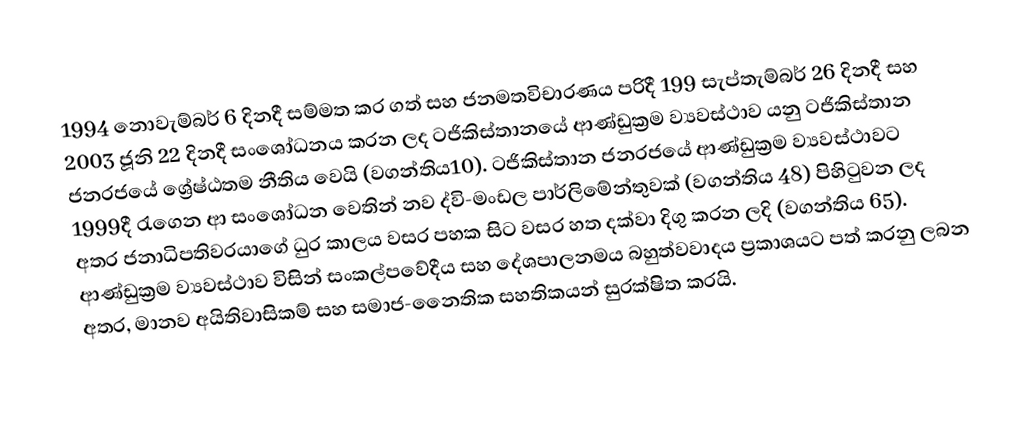
1994 නොවැම්බර් 6 දිනදී සම්මත කර ගත් සහ ජනමතවිචාරණය පරිදී 199 සැප්තැම්බර් 26 දිනදී සහ 2003 ජූනි 22 දිනදී සංශෝධනය කරන ලද ටජිකිස්තානයේ ආණ්ඩුක්‍රම ව්‍යවස්ථාව යනු ටජිකිස්තාන ජනරජයේ ශ්‍රේෂ්ඨතම නීතිය වෙයි (වගන්තිය10). ටජිකිස්තාන ජනරජයේ ආණ්ඩුක්‍රම ව්‍යවස්ථාවට 1999දී රැගෙන ආ සංශෝධන වෙතින් නව ද්වි-මංඩල පාර්ලිමේන්තුවක් (වගන්තිය 48) පිහිටුවන ලද අතර ජනාධිපතිවරයාගේ ධුර කාලය වසර පහක සිට වසර හත දක්වා දිගු කරන ලදි (වගන්තිය 65). ආණ්ඩුක්‍රම ව්‍යවස්ථාව විසින් සංකල්පවේදීය සහ දේශපාලනමය බහුත්වවාදය ප්‍රකාශයට පත් කරනු ලබන අතර, මානව අයිතිවාසිකම් සහ සමාජ-නෛතික සහතිකයන් සුරක්ෂිත කරයි.